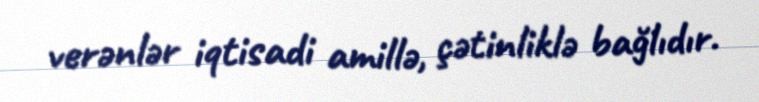
verənlər iqtisadi amillə, çətinliklə bağlıdır.